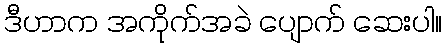
ဒီဟာက အကိုက်အခဲ ပျောက် ဆေးပါ။